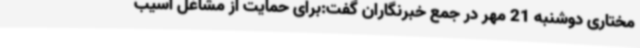
مختاری دوشنبه 21 مهر در جمع خبرنگاران گفت:برای حمایت از مشاغل آسیب